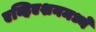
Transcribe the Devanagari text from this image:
एव्हिएशनमध्ये